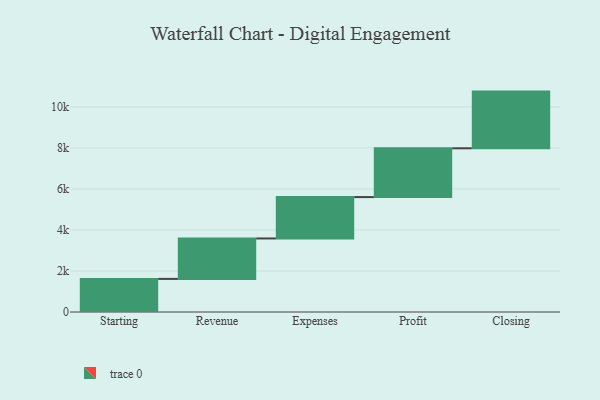
{"axis": {"x": "Step", "y": "Value"}, "legend": [""], "data": [{"x": "Starting", "y": 1614.0, "type": ""}, {"x": "Revenue", "y": 1972.0, "type": ""}, {"x": "Expenses", "y": 2018.0, "type": ""}, {"x": "Profit", "y": 2379.0, "type": ""}, {"x": "Closing", "y": 2765.0, "type": ""}]}